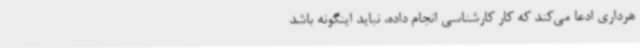
هرداری ادعا می‌کند که کار کارشناسی انجام داده، نباید اینگونه باشد